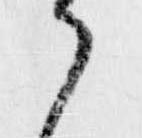
ら